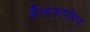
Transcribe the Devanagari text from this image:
बैलारूसियन